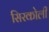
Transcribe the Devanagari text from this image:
सिरकोली